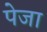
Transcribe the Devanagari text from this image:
पेजा